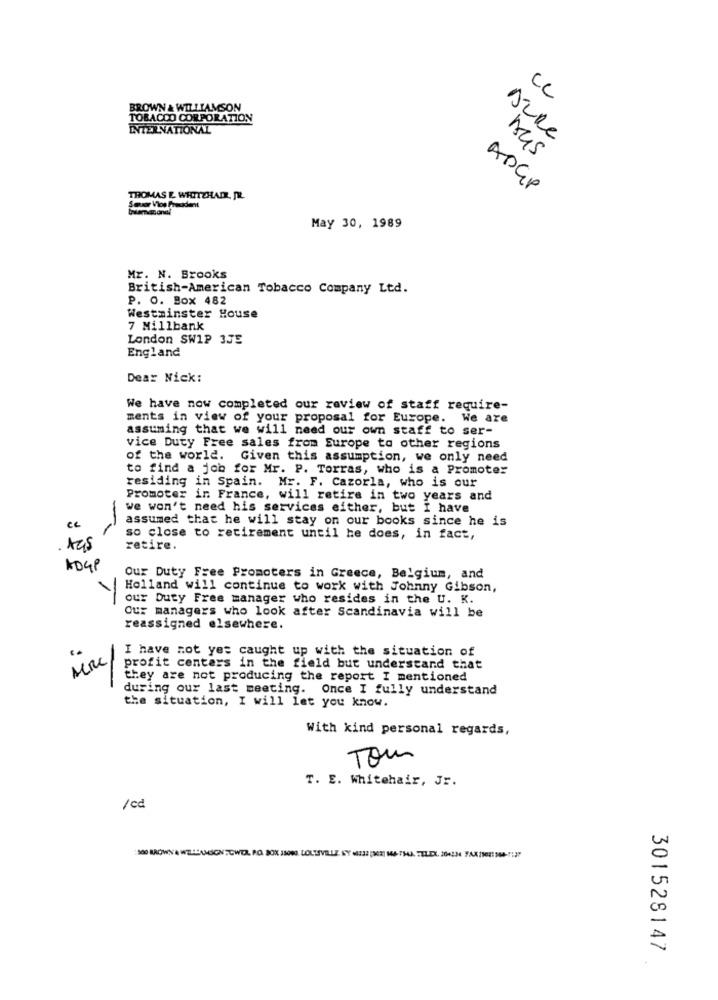
CC
BROWN & WILLIAMSON
TOBACCO CORPORATION
INTERNATIONAL
Dure
ADGP
THOMAS E. WHITEHADE. DR.
May 30, 1989
Mr. N. Brooks
British-American Tobacco Company Ltd.
P. O. Box 482
Westminster House
7 Millbank
London SWIP 3JE
England
Dear Nick:
We have now completed our review of staff require-
ments in view of your proposal for Europe. We are
assuming that we will need our own staff to ser-
vice Duty Free sales from Europe to other regions
of the world. Given this assumption, we only need
to find a job for Mr. P. Torras, who is a Promoter
residing in Spain. Mr. F. Cazorla, who is our
Promoter in France, will retire in two years and
we won't need his services either, but I have
assumed that he will stay on our books since he is
so close to retirement until he does, in fact,
retire.
ADGP
Our Duty Free Promoters in Greece, Belgium, and
Holland will continue to work with Johnny Gibson,
1
our Duty Free manager who resides in the U. K.
Our managers who look after Scandinavia will be
reassigned elsewhere.
I have not yet caught up with the situation of
AIRE
profit centers in the field but understand that
they are not producing the report I mentioned
during our last meeting. Once I fully understand
the situation, I will let you know.
With kind personal regards,
Tom
T. E. Whitehair, Jr.
/ cd
301528147